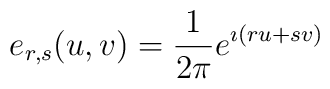
e_{r,s}(u,v) = \frac 1{2\pi} e^{\imath (r u+ s v)}